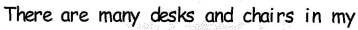
There are many desks and chairs in my